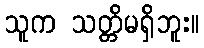
သူက သတ္တိမရှိဘူး။